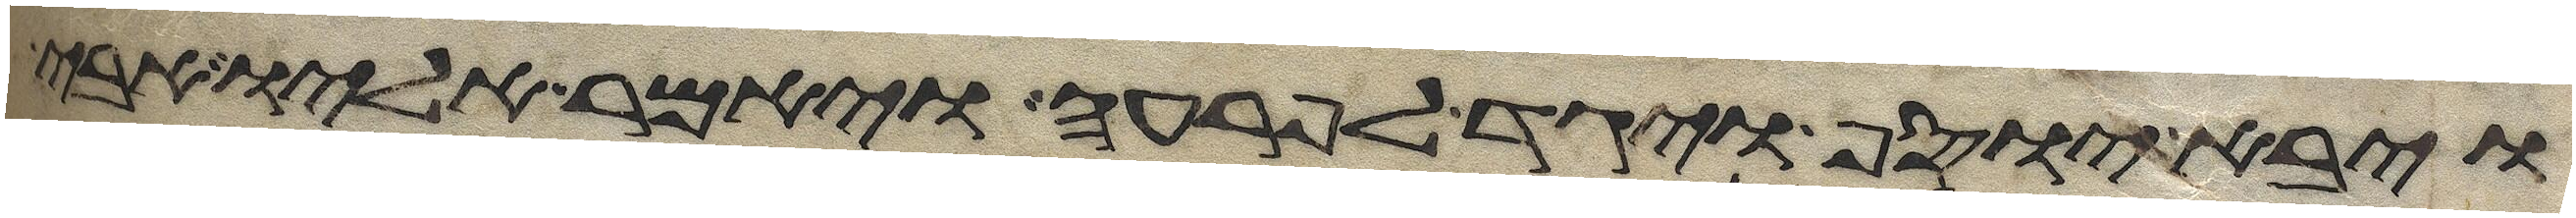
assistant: ויבא יוסף ויגד לפרעה ויאמר אליו אבי